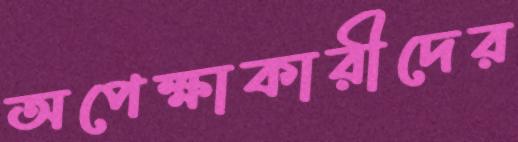
অপেক্ষাকারীদের